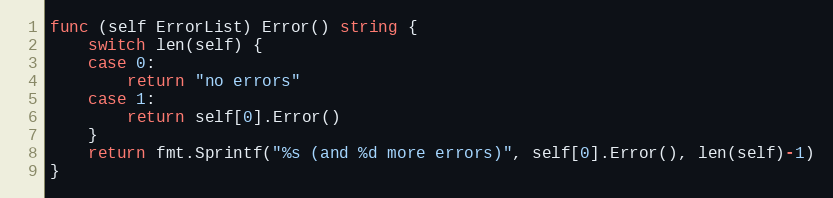
Language: Go
func (self ErrorList) Error() string {
	switch len(self) {
	case 0:
		return "no errors"
	case 1:
		return self[0].Error()
	}
	return fmt.Sprintf("%s (and %d more errors)", self[0].Error(), len(self)-1)
}